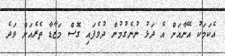
އެކަމަކު އޭނާއަށް އެ ދަޅު ނުނެގުމުން ދުވެފައި ގޮސް މަޒާޑާ ތެރެއަށް ވަދެ